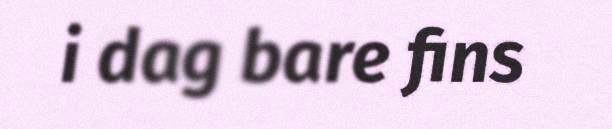
i dag bare fins